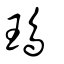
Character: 鳿